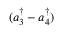
( a _ { 3 } ^ { \dagger } - a _ { 4 } ^ { \dagger } )